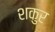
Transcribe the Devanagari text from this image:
शकुर